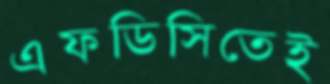
এফডিসিতেই